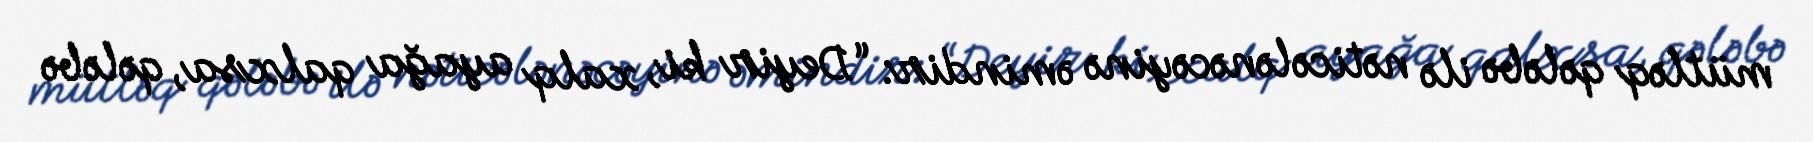
mütləq qələbə ilə nəticələnəcəyinə əmindir: “Deyir ki, xalq ayağa qalxsa, qələbə